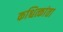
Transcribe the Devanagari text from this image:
कश्चित्कांता